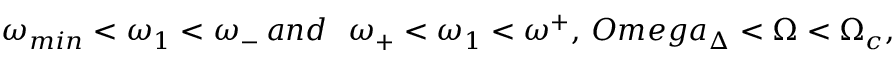
\omega _ { m i n } < \omega _ { 1 } < \omega _ { - } \, a n d \ \ \omega _ { + } < \omega _ { 1 } < \omega ^ { + } , \, O m e g a _ { \Delta } < \Omega < \Omega _ { c } ,